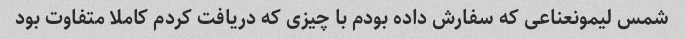
شمس لیمونعناعی که سفارش داده بودم با چیزی که دریافت کردم کاملا متفاوت بود